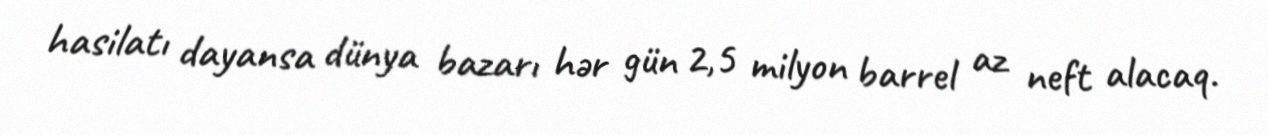
hasilatı dayansa dünya bazarı hər gün 2,5 milyon barrel az neft alacaq.